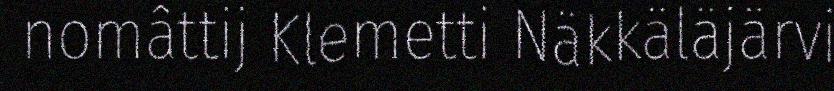
nomâttij Klemetti Näkkäläjärvi